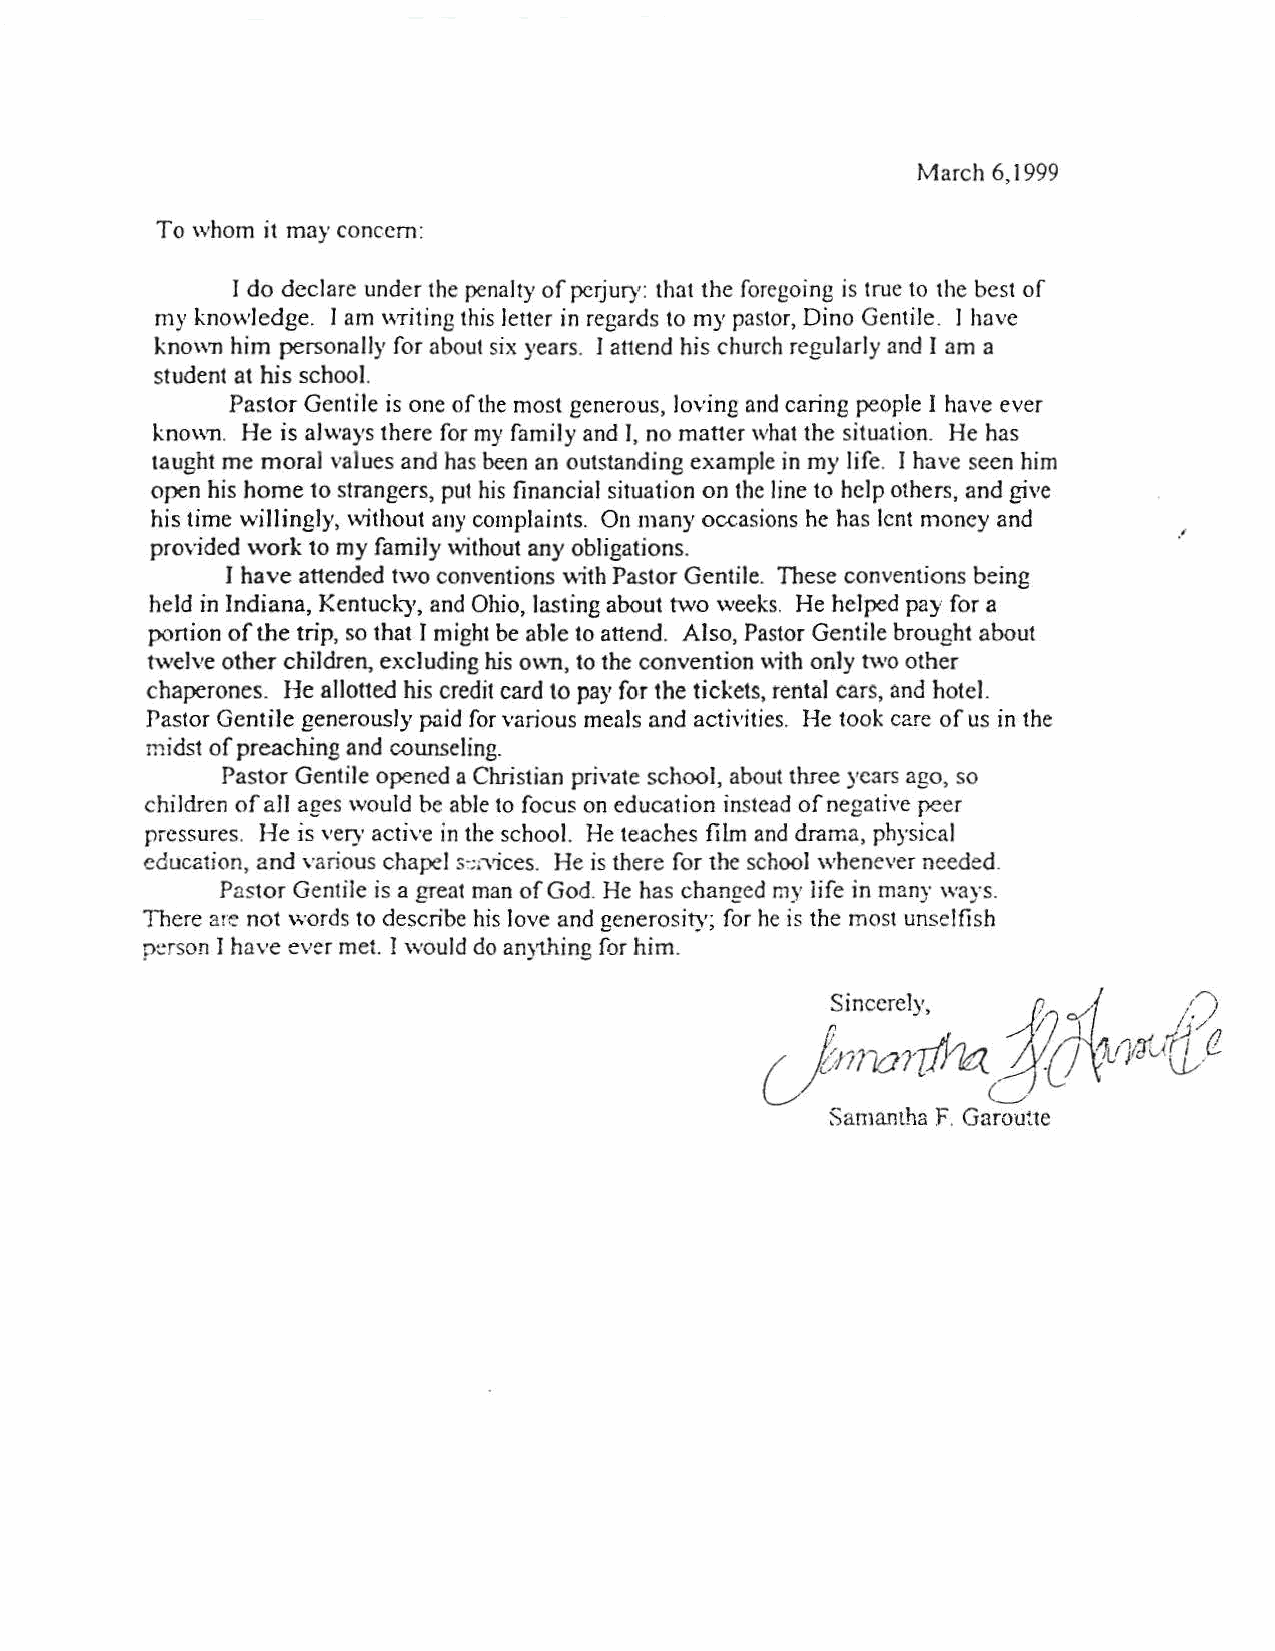
March 6,1999
 To whom it may concern:
 I do declare under the penalty of perjury: that the foregoing is true to the best of
 my knowledge. I am \\Titing this Jetter in regards to my pastor, Dino Gentile. l have
 kn0\\71 him personally for about six years. l at1end his church regularly and I :1m a
 student at his school.
 Pastor Gentile is one ofthe most generous, loving and caring people I have ever
 kn0\\71. He is always there for my family and I, no mat1er what the situation. He has
 taught me moral values and has been an outstanding example in my life. I have seen him
 open his home to strangers, put his financial situation on the line to help others, and give
 his time willingly, without any complaints. On many occasions he has lent money and
 ·'
 provided work to my famjly without any obligations.
 I have at1ended two conventions ·with Pastor Gentile. These conventions being
 held in Indiana, Kentud..;•, and Ohio, lasting about two weeks. He helped pay for a
 ponion of the trip, so that I might be able to at1end. Also, Pastor Gentile brought about
 lwelve other children, excluding rus own, to the convention with only lwo other
 chaperones. He allotted his credit card to pay for the tickets, rental cars, and hotel.
 Pastor Gentile generously paid for various meals and activities. He took care of us in the
 midst of preacrung and counseling.
 Pastor Gentile opened a Christian private school, about three years ago, so
 children of all ages would be able to focus on education instead of negative peer
 pressures. He is very active in the school. He teaches film and drama, physical
 education, and various chapel :;:;;vices. He is there for the school whenever needed.
 Pastor Gentile is a great man of God. He has changed my iife in many ways.
 There are not words to describe his love and generosity; for he is the most unselfish
 r::rson 1 have ever met. I would do anything for him.
 1           /)
 ;!Ju/' '
 ~
 Sincerely,
 lj/
 n             I           2
 (_}nnoniha
 1iirJU(J)
 Samantha F. Garou~te